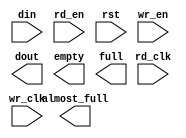
module txfifo_1024x36_to_9(
	din,
	rd_clk,
	rd_en,
	rst,
	wr_clk,
	wr_en,
	almost_full,
	dout,
	empty,
	full);


input [35 : 0] din;
input rd_clk;
input rd_en;
input rst;
input wr_clk;
input wr_en;
output almost_full;
output [8 : 0] dout;
output empty;
output full;

// synthesis translate_off

      FIFO_GENERATOR_V3_3 #(
		.C_COMMON_CLOCK(0),
		.C_COUNT_TYPE(0),
		.C_DATA_COUNT_WIDTH(10),
		.C_DEFAULT_VALUE("BlankString"),
		.C_DIN_WIDTH(36),
		.C_DOUT_RST_VAL("0"),
		.C_DOUT_WIDTH(9),
		.C_ENABLE_RLOCS(0),
		.C_FAMILY("virtex2p"),
		.C_HAS_ALMOST_EMPTY(0),
		.C_HAS_ALMOST_FULL(1),
		.C_HAS_BACKUP(0),
		.C_HAS_DATA_COUNT(0),
		.C_HAS_MEMINIT_FILE(0),
		.C_HAS_OVERFLOW(0),
		.C_HAS_RD_DATA_COUNT(0),
		.C_HAS_RD_RST(0),
		.C_HAS_RST(1),
		.C_HAS_SRST(0),
		.C_HAS_UNDERFLOW(0),
		.C_HAS_VALID(0),
		.C_HAS_WR_ACK(0),
		.C_HAS_WR_DATA_COUNT(0),
		.C_HAS_WR_RST(0),
		.C_IMPLEMENTATION_TYPE(2),
		.C_INIT_WR_PNTR_VAL(0),
		.C_MEMORY_TYPE(1),
		.C_MIF_FILE_NAME("BlankString"),
		.C_OPTIMIZATION_MODE(0),
		.C_OVERFLOW_LOW(0),
		.C_PRELOAD_LATENCY(1),
		.C_PRELOAD_REGS(0),
		.C_PRIM_FIFO_TYPE("1kx36"),
		.C_PROG_EMPTY_THRESH_ASSERT_VAL(5),
		.C_PROG_EMPTY_THRESH_NEGATE_VAL(6),
		.C_PROG_EMPTY_TYPE(0),
		.C_PROG_FULL_THRESH_ASSERT_VAL(1022),
		.C_PROG_FULL_THRESH_NEGATE_VAL(1021),
		.C_PROG_FULL_TYPE(0),
		.C_RD_DATA_COUNT_WIDTH(10),
		.C_RD_DEPTH(4096),
		.C_RD_FREQ(100),
		.C_RD_PNTR_WIDTH(12),
		.C_UNDERFLOW_LOW(0),
		.C_USE_ECC(0),
		.C_USE_FIFO16_FLAGS(0),
		.C_VALID_LOW(0),
		.C_WR_ACK_LOW(0),
		.C_WR_DATA_COUNT_WIDTH(10),
		.C_WR_DEPTH(1024),
		.C_WR_FREQ(100),
		.C_WR_PNTR_WIDTH(10),
		.C_WR_RESPONSE_LATENCY(1))
	inst (
		.DIN(din),
		.RD_CLK(rd_clk),
		.RD_EN(rd_en),
		.RST(rst),
		.WR_CLK(wr_clk),
		.WR_EN(wr_en),
		.ALMOST_FULL(almost_full),
		.DOUT(dout),
		.EMPTY(empty),
		.FULL(full),
		.CLK(),
		.BACKUP(),
		.BACKUP_MARKER(),
		.PROG_EMPTY_THRESH(),
		.PROG_EMPTY_THRESH_ASSERT(),
		.PROG_EMPTY_THRESH_NEGATE(),
		.PROG_FULL_THRESH(),
		.PROG_FULL_THRESH_ASSERT(),
		.PROG_FULL_THRESH_NEGATE(),
		.RD_RST(),
		.SRST(),
		.WR_RST(),
		.ALMOST_EMPTY(),
		.DATA_COUNT(),
		.OVERFLOW(),
		.PROG_EMPTY(),
		.PROG_FULL(),
		.VALID(),
		.RD_DATA_COUNT(),
		.UNDERFLOW(),
		.WR_ACK(),
		.WR_DATA_COUNT(),
		.SBITERR(),
		.DBITERR());


// synthesis translate_on

endmodule